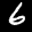
Label: 6